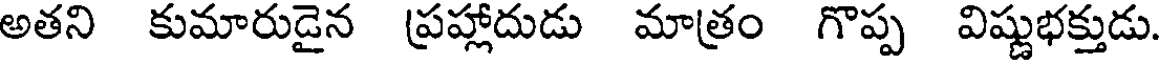
అతని కుమారుడైన ప్రహ్లాదుడు మాత్రం గొప్ప విష్ణుభక్తుడు.